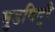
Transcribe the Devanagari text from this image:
मुडविदुरै